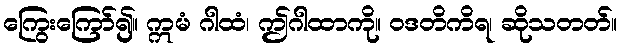
ကြွေးကြော်၍။ ဣမံ ဂါထံ၊ ဤဂါထာကို။ ဝဒတိကိရ၊ ဆိုသတတ်။